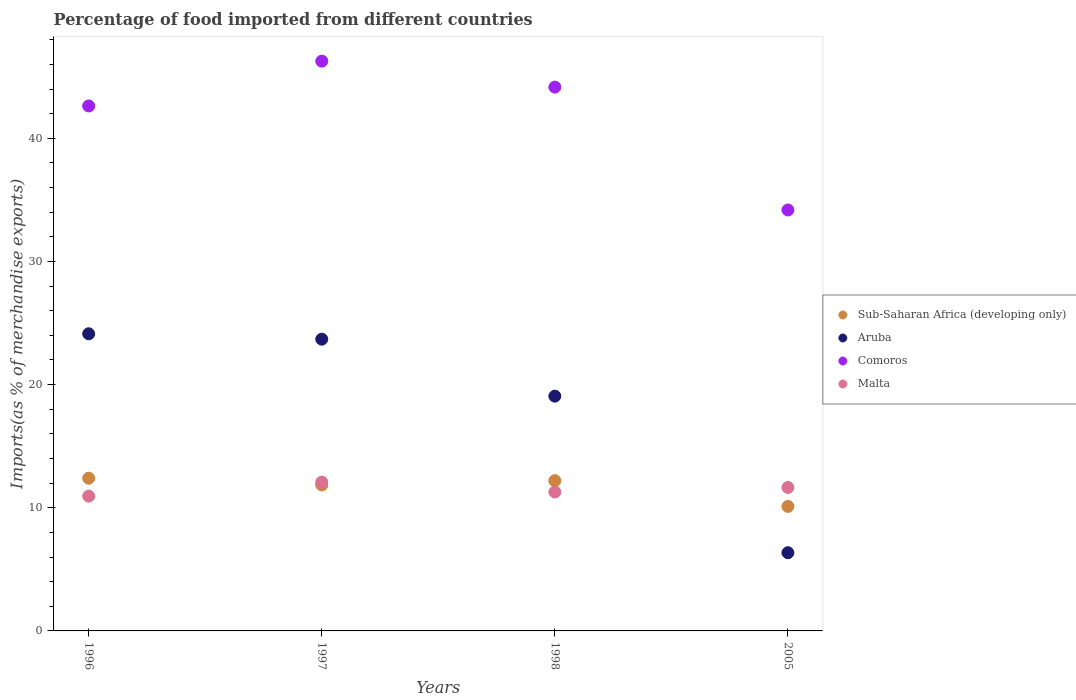
| Years | Sub-Saharan Africa (developing only) | Aruba | Comoros | Malta |
 | --- | --- | --- | --- | --- |
 | 1996 | 12.4 | 24.1 | 42.6 | 10.9 |
 | 1997 | 11.9 | 23.7 | 46.3 | 12.1 |
 | 1998 | 12.2 | 19.1 | 44.2 | 11.3 |
 | 2005 | 10.1 | 6.35 | 34.2 | 11.6 |